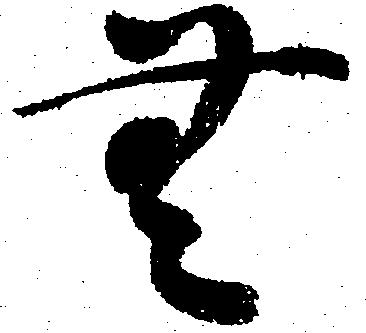
無